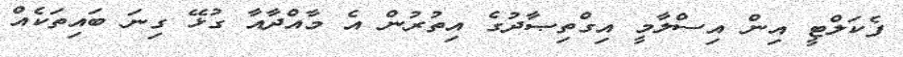
ފެކަލްޓީ އިން އިސްލާމީ އިގްތިޞާދުގެ އިތުރުން އެ މާއްދާއާ ގުޅޭ ގިނަ ބައިތަކެއް